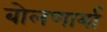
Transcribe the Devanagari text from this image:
बोलणार्या